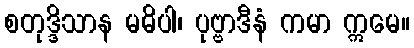
စတုဒ္ဒိသာန မဓိပါ၊ ပုဗ္ဗာဒီနံ ကမာ ဣမေ။